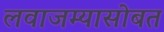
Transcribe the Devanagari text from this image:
लवाजम्यासोबत